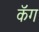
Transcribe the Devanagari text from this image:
कॅग